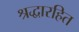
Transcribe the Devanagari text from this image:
श्रद्धारहित